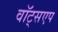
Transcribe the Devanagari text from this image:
वॉट्सएप